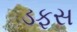
ડફસ